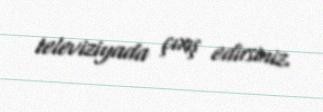
televiziyada çıxış edirsiniz.